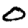
Digit: 0